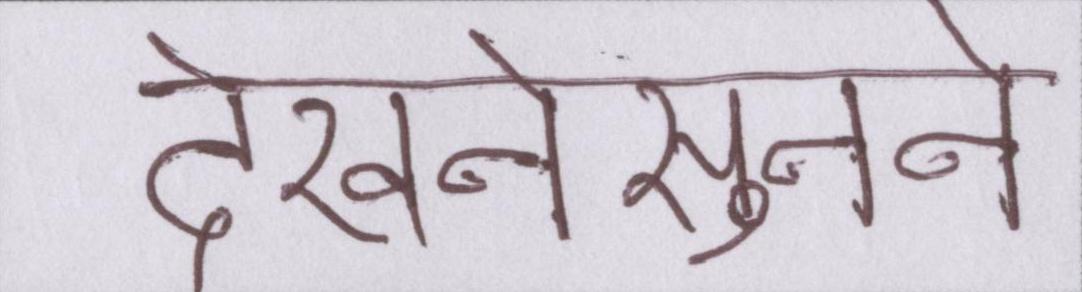
देखनेसुनने